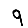
Digit: 9